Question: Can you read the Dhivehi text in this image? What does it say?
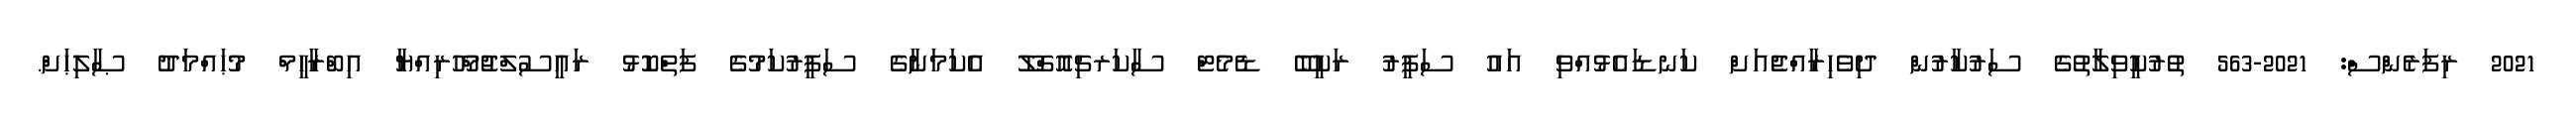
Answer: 2021 ރިފަރެންސް: 2021-563 ތުރުކީވިލާތުގެ ސަރުކާރުން ދިވެހިރާއްޖެއަށް ކަނޑައެޅުއްވި އައު ސަފީރު ރަކީބޭ ޑެމެޓް ސާކަރޗިއޮގްލޫ އެކަމަނާގެ ސަފީރުކަމުގެ ފަތްކޮޅު ރައީސުލްޖުމްހޫރިއްޔާ އިބްރާހީމް މުޙައްމަދު ޞާލިޙަށް.